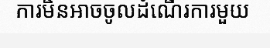
ការមិនអាចចូលដំណើរការមួយ